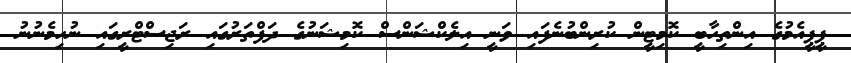
ޕީޕީއެމުގެ އިންތިހާބީ ކޮމިޓީން ކުރިންބުނެފައި ވަނީ އިލެކްޝަންސް ކޮމިޝަނުގެ ދަފްތަރުގައި ރަޖިސްޓްރީގައި ނުހިމެނުނު